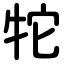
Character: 㸰